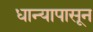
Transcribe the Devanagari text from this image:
धान्यापासून